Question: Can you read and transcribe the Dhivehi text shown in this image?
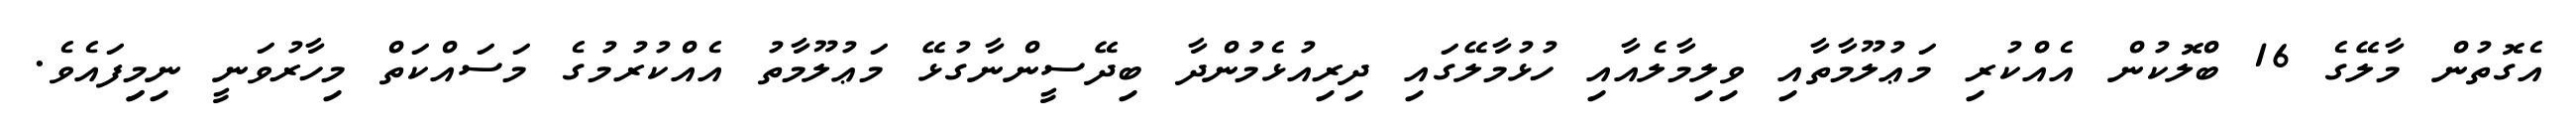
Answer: އެގޮތުން މާލޭގެ 16 ބްލޮކުން އެއްކުރި މަޢުލޫމާތާއި ވިލިމާލެއާއި ހުޅުމާލޭގައި ދިރިއުޅެމުންދާ ބިދޭސީންނާގުޅޭ މަޢުލޫމާތު އެއްކުރުމުގެ މަސައްކަތް މިހާރުވަނީ ނިމިިފައެވެ.